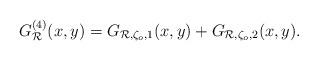
LaTeX: \begin{align*}G^{(4)}_{\mathcal R}(x,y) = G_{\mathcal R,\zeta_o, 1}(x,y) + G_{\mathcal R,\zeta_o, 2}(x,y).\end{align*}